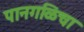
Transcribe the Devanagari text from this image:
पानगळिचा